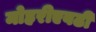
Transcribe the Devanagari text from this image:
मोहरीएवढी